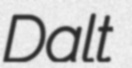
Dalt